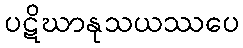
ပဋိဃာနုသယဿပေ